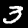
Label: 3